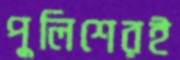
পুলিশেরই